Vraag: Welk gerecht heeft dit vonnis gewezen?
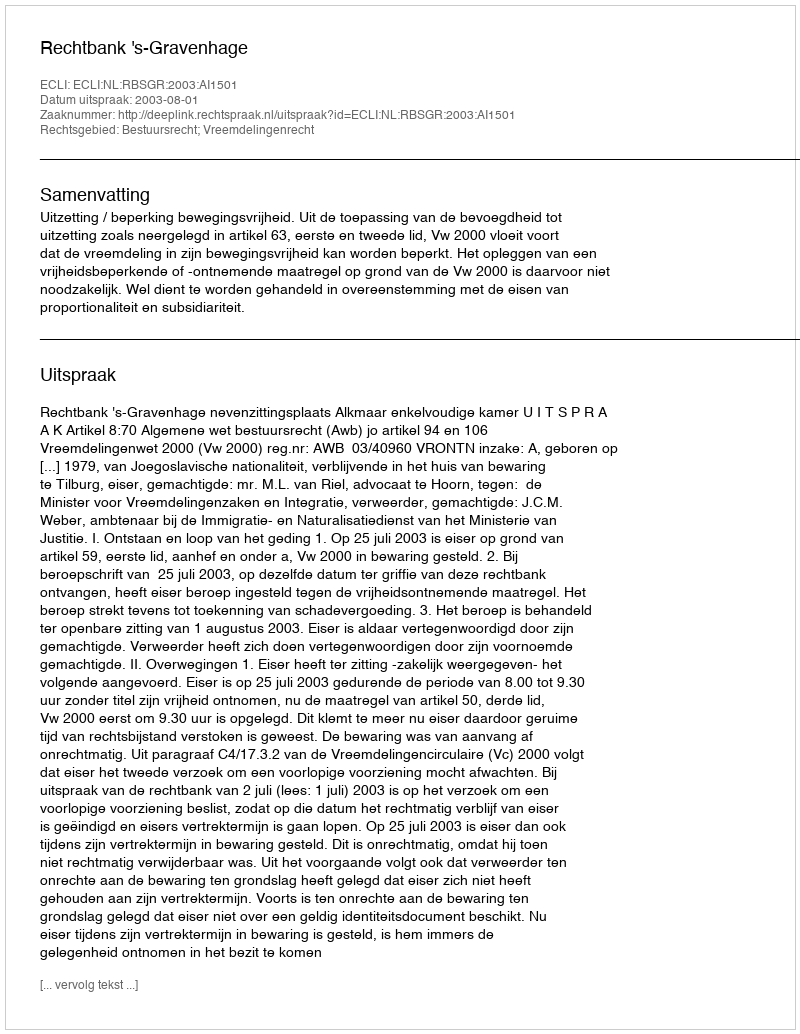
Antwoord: Rechtbank 's-Gravenhage